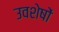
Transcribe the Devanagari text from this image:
उवशेषों